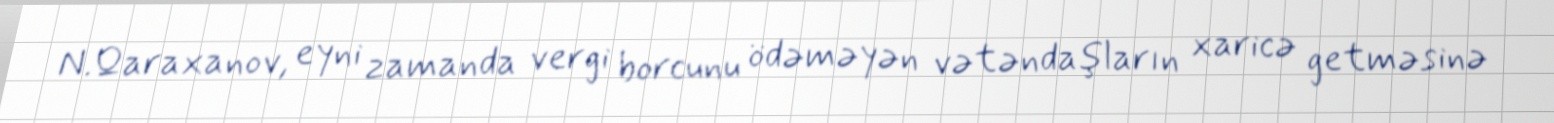
N.Qaraxanov, eyni zamanda vergi borcunu ödəməyən vətəndaşların xaricə getməsinə